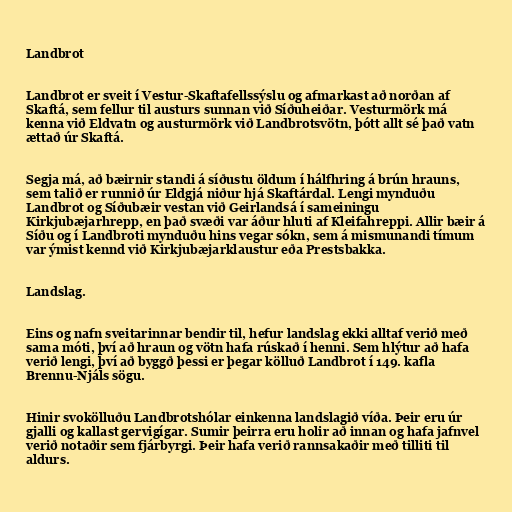
Landbrot

Landbrot er sveit í Vestur-Skaftafellssýslu og afmarkast að norðan af
Skaftá, sem fellur til austurs sunnan við Síðuheiðar. Vesturmörk má
kenna við Eldvatn og austurmörk við Landbrotsvötn, þótt allt sé það vatn
ættað úr Skaftá.

Segja má, að bæirnir standi á síðustu öldum í hálfhring á brún hrauns,
sem talið er runnið úr Eldgjá niður hjá Skaftárdal. Lengi mynduðu
Landbrot og Síðubæir vestan við Geirlandsá í sameiningu
Kirkjubæjarhrepp, en það svæði var áður hluti af Kleifahreppi. Allir bæir á
Síðu og í Landbroti mynduðu hins vegar sókn, sem á mismunandi tímum
var ýmist kennd við Kirkjubæjarklaustur eða Prestsbakka.

Landslag.

Eins og nafn sveitarinnar bendir til, hefur landslag ekki alltaf verið með
sama móti, því að hraun og vötn hafa rúskað í henni. Sem hlýtur að hafa
verið lengi, því að byggð þessi er þegar kölluð Landbrot í 149. kafla
Brennu-Njáls sögu.

Hinir svokölluðu Landbrotshólar einkenna landslagið víða. Þeir eru úr
gjalli og kallast gervigígar. Sumir þeirra eru holir að innan og hafa jafnvel
verið notaðir sem fjárbyrgi. Þeir hafa verið rannsakaðir með tilliti til
aldurs.